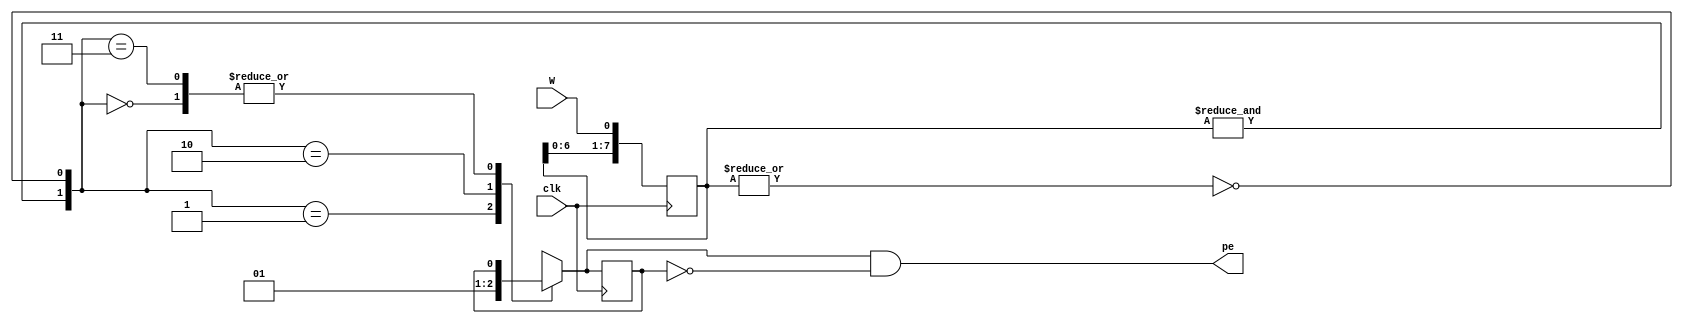
`timescale 1ns / 1ps
//////////////////////////////////////////////////////////////////////////////////
// Company: 
// Engineer: 
// 
// Design Name: 
// Module Name:    filter 
// Project Name: 
// Target Devices: 
// Tool versions: 
// Description: 
//
// Dependencies: 
//
// Revision: 
// Revision 0.01 - File Created
// Additional Comments: s
//
//////////////////////////////////////////////////////////////////////////////////
module filter(
    input clk,
    input W,
    output pe
    );
reg [7:0] Q;
wire [1:0] sel;
wire QAND;
wire QNOR;
reg DSS, SS;
initial Q = 0;
always @ ( posedge clk)
begin
	Q <= {Q[6:0], W};
	DSS <= SS;
end
assign QAND = &Q; //Q is all 1's
assign QNOR = ~|Q; // Q is all 0's
assign sel = {QAND,QNOR};
assign pe = SS&~DSS;
always@(sel)
begin
	case(sel)
		0: SS = DSS;
		1: SS = 1'b0;
		2: SS = 1'b1;
		3:	SS = DSS;
	endcase
end
endmodule